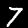
Digit: 7